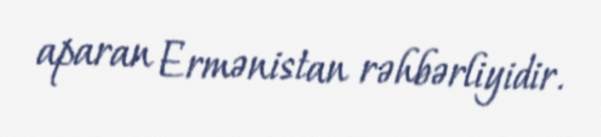
aparan Ermənistan rəhbərliyidir.